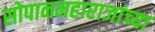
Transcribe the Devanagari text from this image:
सोपानमहाराजांच्या